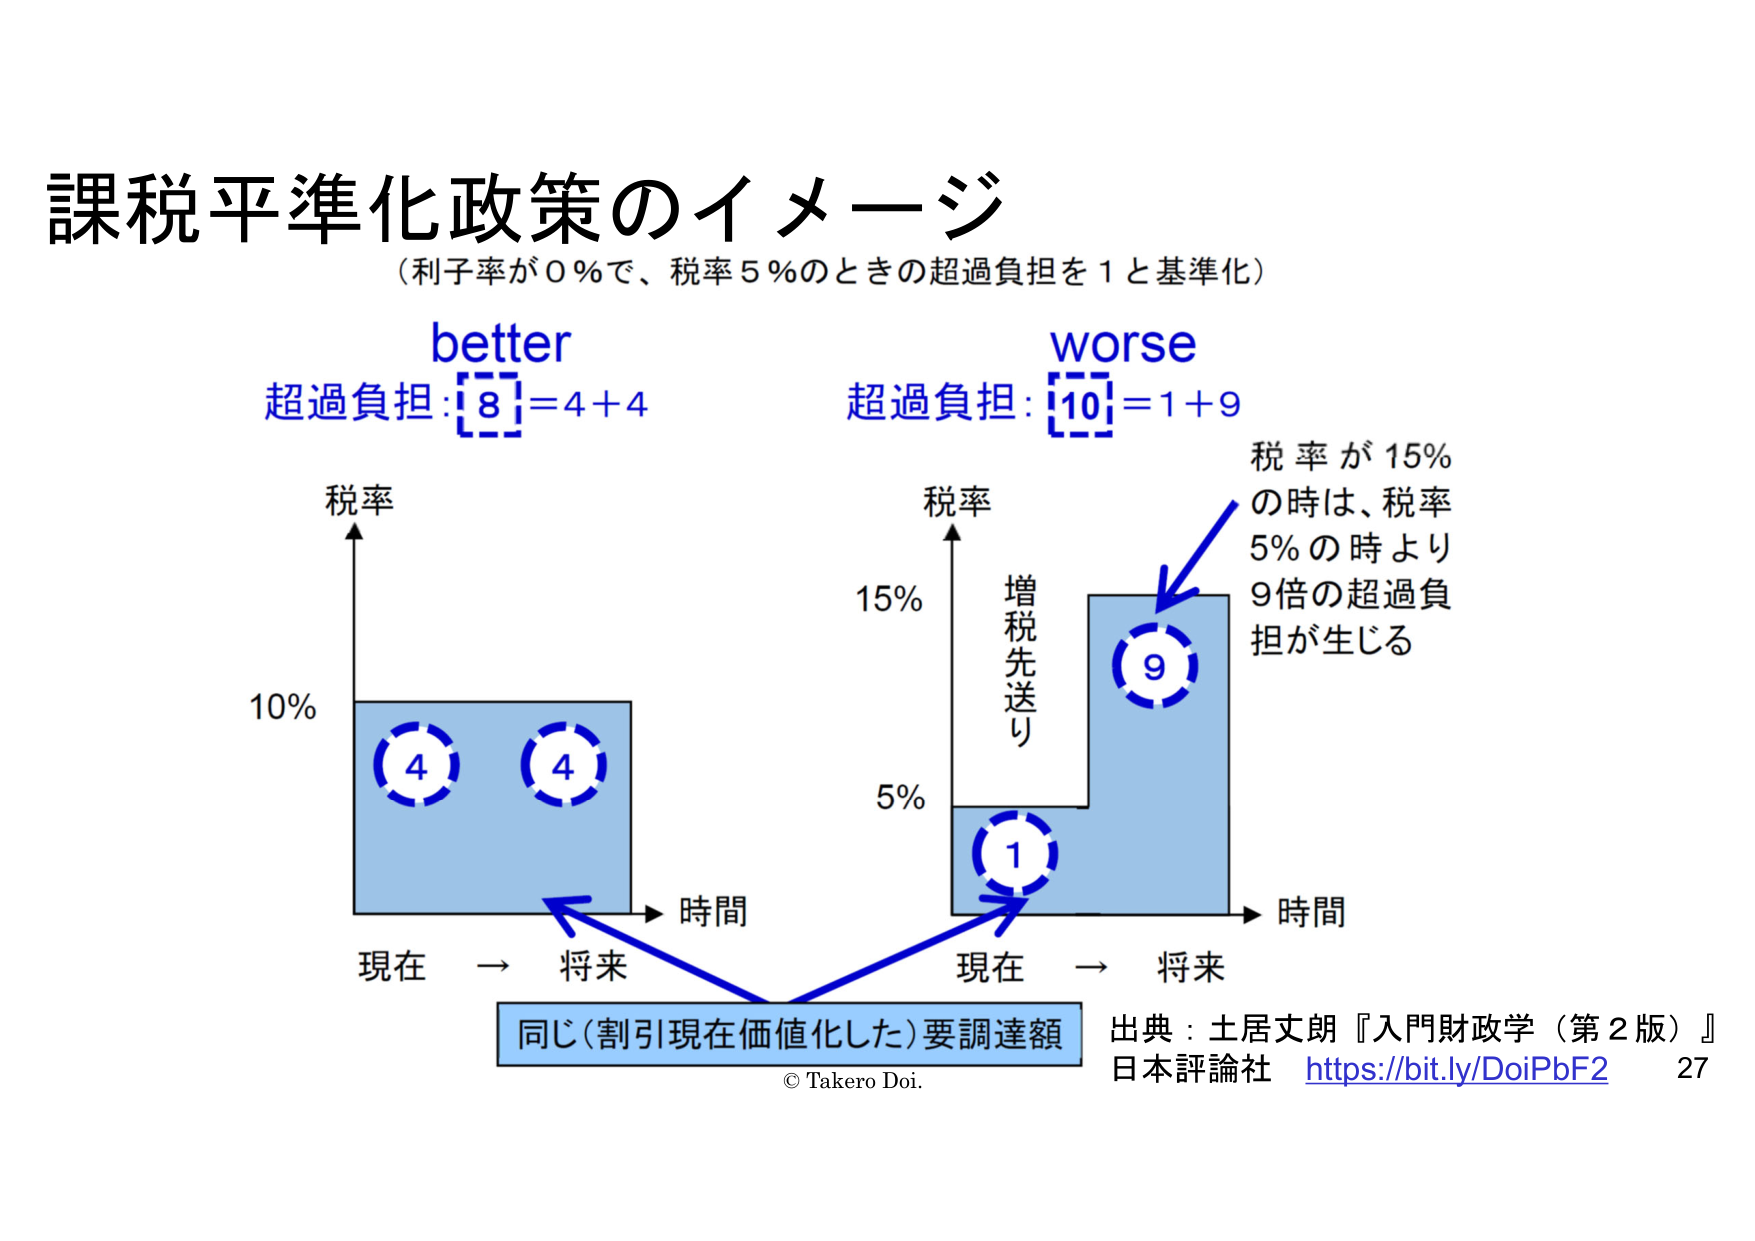
課税平準化政策のイメージ
（利子率が０％で、税率５％のときの超過負担を１と基準化）

better
超過負担：[8] = 4 + 4

worse
超過負担：[10] = 1 + 9

税率
10%
4
4
時間
現在 → 将来

税率
15%
5%
1
増税先送り
9
時間
現在 → 将来

税 率 が 15%
の時は、税率
5% の時より
9倍の超過負
担が生じる

同じ（割引現在価値化した）要調達額

© Takero Doi.

出典：土居丈朗『入門財政学（第２版）』
日本評論社 https://bit.ly/DoiPbF2 27